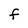
Character: F